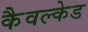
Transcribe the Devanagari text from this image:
कैवल्केड